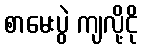
စာမေးပွဲ ကျလို့ငို